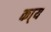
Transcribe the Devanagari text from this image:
का्य